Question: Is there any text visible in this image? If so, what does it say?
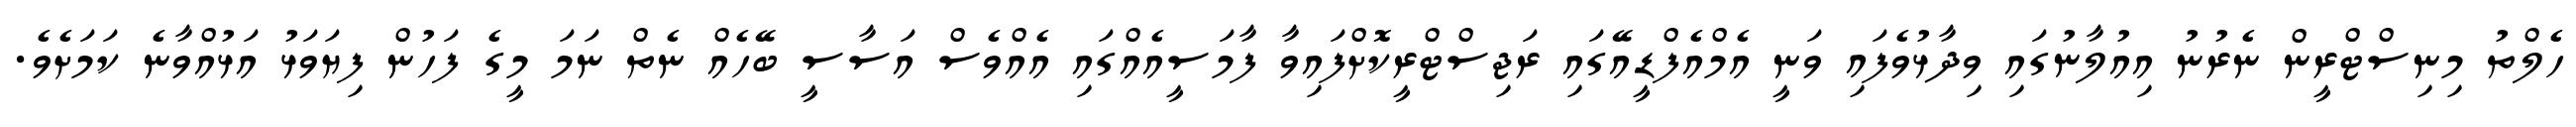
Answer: ހެލްތު މިނިސްޓްރީން ނެރުނު އިއުލާނުގައި ވިދާޅުވެފައި ވަނީ އެމްއެފްޑީއޭގައި ރަޖިސްޓްރީކޮށްފައިވާ ފާމަސީއެއްގައި އެއްވެސް އަސާސީ ބޭހެއް ނެތް ނަމަ މީގެ ފަހުން ފިޔަވަޅު އަޅުއްވާނެ ކަމަށެވެ.